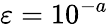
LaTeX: \varepsilon=10^{-a}